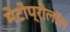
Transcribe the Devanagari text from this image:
मेटोप्रोलॉल